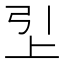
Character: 𬻏